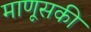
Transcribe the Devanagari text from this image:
माणूसकी